Report of the Indian Hemp Drugs Commission, 1894-1895 - Volume II
Year: 1894
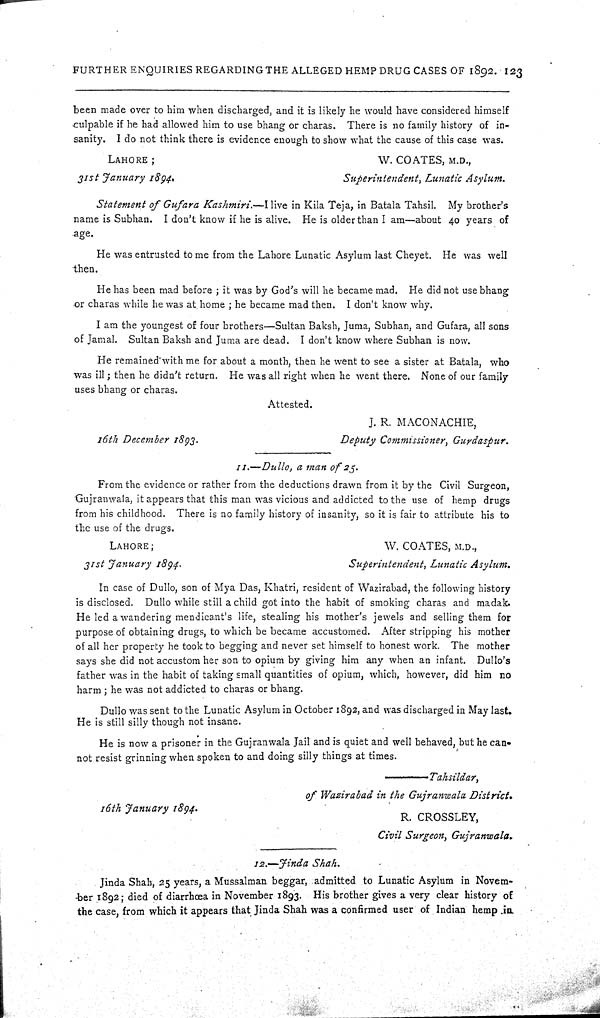
FURTHER ENQUIRIES REGARDING THE ALLEGED HEMP DRUG CASES OF 1892. 123
been made over to him when discharged, and it is likely he would have considered himself
culpable if he had allowed him to use bhang or charas. There is no family history of in-
sanity. I do not think there is evidence enough to show what the cause of this case was.
LAHORE;
W. COATES, M.D.,
31st January
1894.
Superintendent, Lunatic Asylum.
Statement of Gufara Kashmiri.—I live in Kila Teja, in Batala Tahsil. My brother's
name is Subhan. I don't know if he is alive. He is older than I am—about 40 years of
age.
He was entrusted to me from the Lahore Lunatic Asylum last Cheyet. He was well
then.
He has been mad before; it was by God's will he became mad. He did not use bhang
or charas while he was at home; he became mad then. I don't know why.
I am the youngest of four brothers—Sultan Baksh, Juma, Subhan, and Gufara, all sons
of Jamal. Sultan Baksh and Juma are dead. I don't know where Subhan is now.
He remained with me for about a month, then he went to see a sister at Batala, who
was ill; then he didn't return. He was all right when he went there. None of our family
uses bhang or charas.
Attested.
J. R. MACONACHIE,
16th December 1893.
Deputy Commissioner, Gurdaspur.
11.—Dullo, a man of 25.
From the evidence or rather from the deductions drawn from it by the Civil Surgeon,
Gujranwala, it appears that this man was vicious and addicted to the use of hemp drugs
from his childhood. There is no family history of insanity, so it is fair to attribute his to
the use of the drugs.
LAHORE;
W. COATES, M.D.,
31st January 1894.
Superintendent, Lunatic Asylum.
In case of Dullo, son of Mya Das, Khatri, resident of Wazirabad, the following history
is disclosed. Dullo while still a child got into the habit of smoking charas and madak.
He led a wandering mendicant's life, stealing his mother's jewels and selling them for
purpose of obtaining drugs, to which be became accustomed. After stripping his mother
of all her property he took to begging and never set himself to honest work. The mother
says she did not accustom her son to opium by giving him any when an infant. Dullo's
father was in the habit of taking small quantities of opium, which, however, did him no
harm; he was not addicted to charas or bhang.
Dullo was sent to the Lunatic Asylum in October 1892, and was discharged in May last.
He is still silly though not insane.
He is now a prisoner in the Gujranwala Jail and is quiet and well behaved, but he can-
not resist grinning when spoken to and doing silly things at times.
————Tahsildar,
of Wazirabad in the Gujranwala
District.
16th January 1894.
R. CROSSLEY,
Civil Surgeon, Gujranwala.
12.—Jinda Shah.
Jinda Shah, 25 years, a Mussalman beggar, admitted to Lunatic Asylum in Novem-
ber 1892; died of diarrhœa in November 1893. His brother gives a very clear history of
the case, from which it appears that Jinda Shah was a confirmed user of Indian hemp in